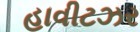
હાવીટઝર